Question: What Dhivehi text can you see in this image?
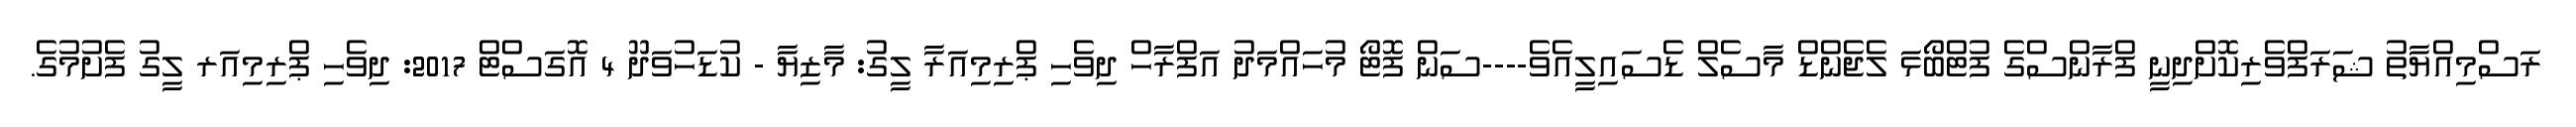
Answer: ރަސްމިއްޔާތު ޝަރަފްވެރިކޮށްދިނީ ފްރާންސްގެ ފުޓްބޯޅަ ލެޖެންޑް މާސެލް ޑެސައިލީއެވެ----ސަން ފޮޓޯ މުހައްމަދު އަފްރާހް ދިވެހި ޕްރިމިއަރާ ލީގު: މާޒިޔާ - ކުޑަހުވަދޫ 4 އޮގަސްޓް 2017: ދިވެހި ޕްރިމިއަރ ލީގު ފެށުމުގެ.